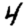
Digit: 4